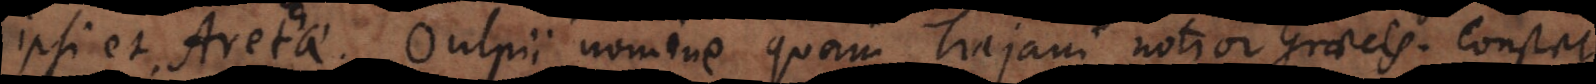
ipsi et Arethae. Oulpii nomine quam Trajani notior Graecis. Constat